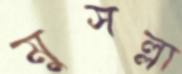
মুসল্লা